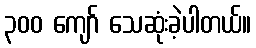
၃၀၀ ကျော် သေဆုံးခဲ့ပါတယ်။